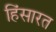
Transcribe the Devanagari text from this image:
हिंसारत